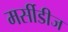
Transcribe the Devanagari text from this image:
मर्सीडीज